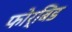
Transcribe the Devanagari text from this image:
फोर्बिड